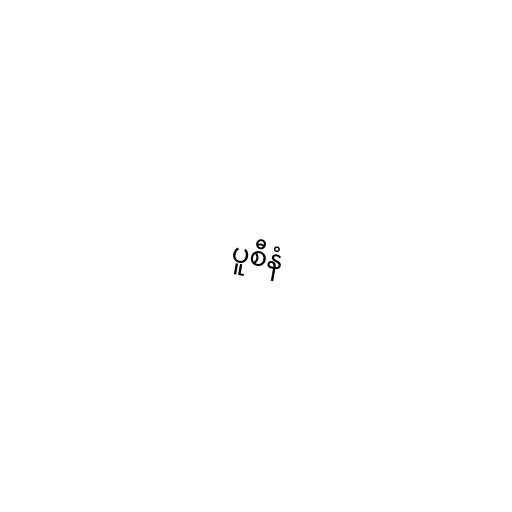
ပူစီနံ